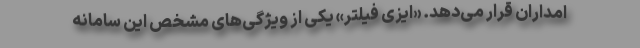
امداران قرار می‌دهد. «ایزی فیلتر» یکی از ویژگی‌های مشخص این سامانه